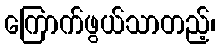
ကြောက်ဖွယ်သာတည့်၊